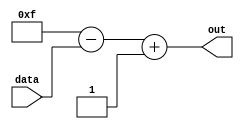
module complement_2s(
    input [3:0] data,
    output signed [3:0] out
    );
    wire [3:0]temp;
    assign temp= 4'b1111 - data;
    assign out= temp + 4'b0001; 
    
endmodule